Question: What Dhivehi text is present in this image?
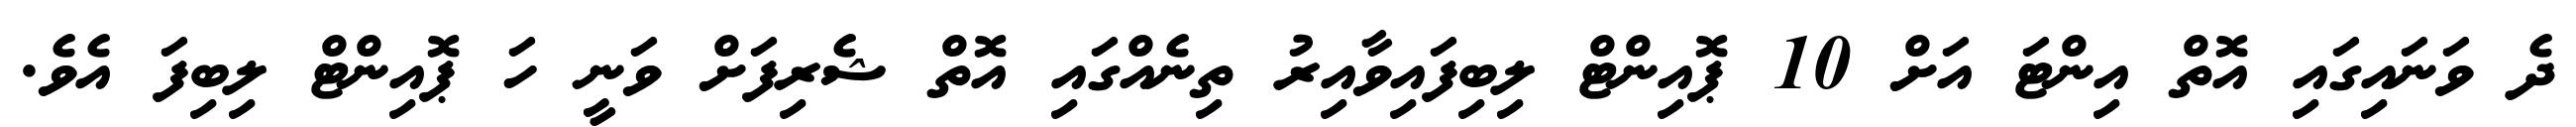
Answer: ދެ ވަނައިގައި އޮތް އިންޓަ އަށް 10 ޕޮއިންޓް ލިބިފައިވާއިރު ތިނެއްގައި އޮތް ޝެރިފަށް ވަނީ ހަ ޕޮއިންޓް ލިބިފަ އެވެ.